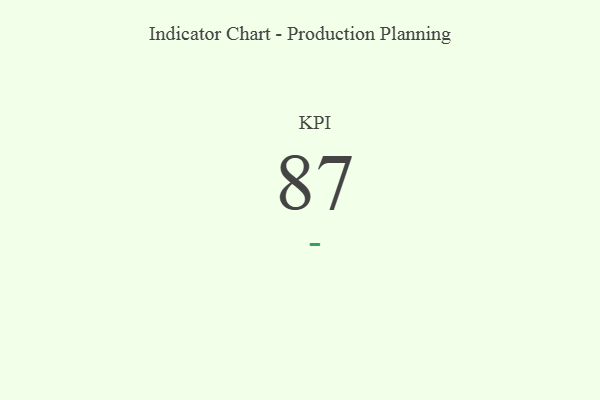
{"axis": {"x": "KPI", "y": "Value"}, "legend": [""], "data": [{"x": "KPI", "y": 87, "type": ""}]}